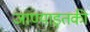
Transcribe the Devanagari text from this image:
जाण्याइतकी